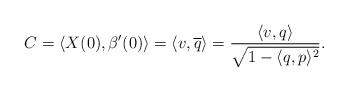
LaTeX: \begin{align*}C = \langle X(0), \beta'(0) \rangle = \langle v, \overline{q} \rangle = \frac{\langle v, q \rangle}{\sqrt{1- \langle q, p \rangle^2}}. \end{align*}